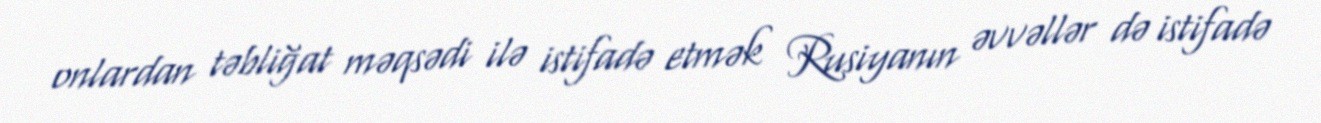
onlardan təbliğat məqsədi ilə istifadə etmək Rusiyanın əvvəllər də istifadə